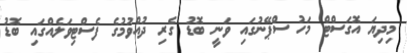
މިދިޔަ އޮގަސްޓް މަހު ސްޕޭނުގައި ވަނީ ބޮޑު ގެރި ދުއްވުމުގެ ފެސްޓިވަލެއްގައި ބޮޑު